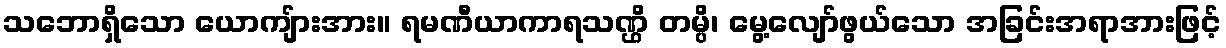
သဘောရှိသော ယောကျ်ားအား။ ရမဏီယာကာရသဏ္ဌိ တမ္ပိ၊ မွေ့လျော်ဖွယ်သော အခြင်းအရာအားဖြင့်